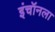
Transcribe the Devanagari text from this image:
इंचॉनला